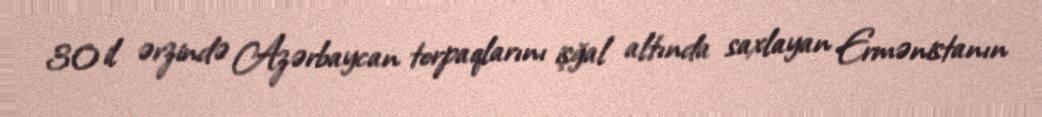
30 il ərzində Azərbaycan torpaqlarını işğal altında saxlayan Ermənistanın